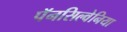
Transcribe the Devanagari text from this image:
पॅनसिल्वेनिया